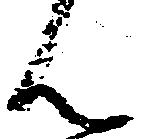
ん